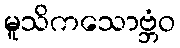
မူသိကသောဗ္ဘံဝ